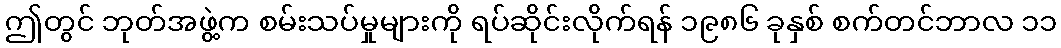
ဤတွင် ဘုတ်အဖွဲ့က စမ်းသပ်မှုများကို ရပ်ဆိုင်းလိုက်ရန် ၁၉၈၆ ခုနှစ် စက်တင်ဘာလ ၁၁